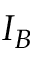
I _ { B }